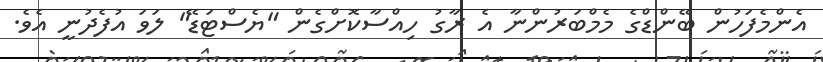
އެންމެފަހުން ބޭންޑްގެ މެމްބަރުންނާ އެ ރާގު ހިއްސާކޮށްގެން "ޔެސްޓަޑޭ" ލަވަ އުފެދުނީ އެވެ.